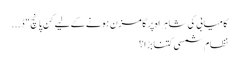
کامیابی کی شاہراہ پر گامزن ہونے کے لیے کن پانچ "ڈ...
نظامِ شمسی کتنا بڑا؟